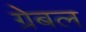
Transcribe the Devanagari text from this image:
ग्रेबल